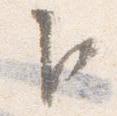
卜